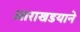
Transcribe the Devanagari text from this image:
आराखडयाने